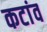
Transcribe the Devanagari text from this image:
कटांव